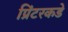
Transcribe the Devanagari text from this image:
प्रिंटरकडे